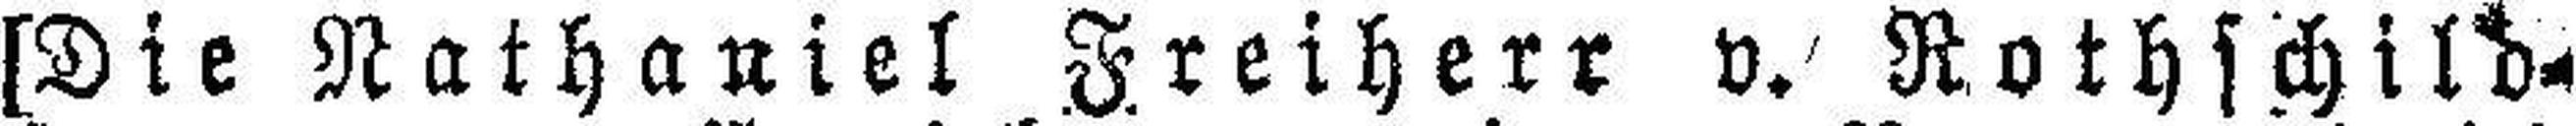
[Die Nathaniel Freiherr v. Rothschild=